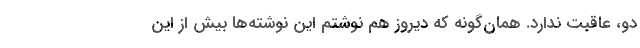
دو، عاقبت ندارد. همان‌گونه که دیروز هم نوشتم این نوشته‌ها بیش از این